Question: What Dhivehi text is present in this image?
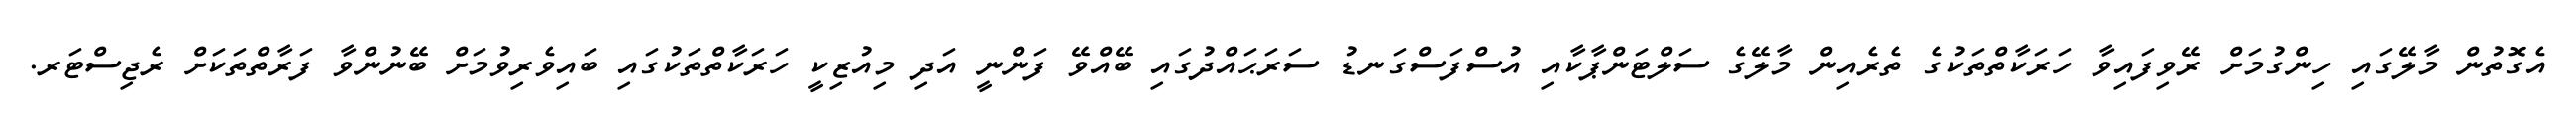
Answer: އެގޮތުން މާލޭގައި ހިންގުމަށް ރޭވިފައިވާ ހަރަކާތްތަކުގެ ތެރެއިން މާލޭގެ ސަލްޓަންޕާކާއި އުސްފަސްގަނޑު ސަރަޙައްދުގައި ބޭއްވޭ ފަންނީ އަދި މިއުޒިކީ ހަރަކާތްތަކުގައި ބައިވެރިވުމަށް ބޭނުންވާ ފަރާތްތަކަށް ރެޖިސްޓަރ.